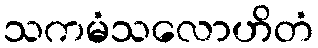
သကမံသလောဟိတံ